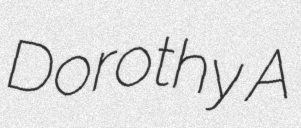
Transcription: Dorothy A